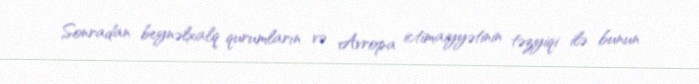
Sonradan beynəlxalq qurumların və Avropa ictimaiyyətinin təzyiqi ilə bunun